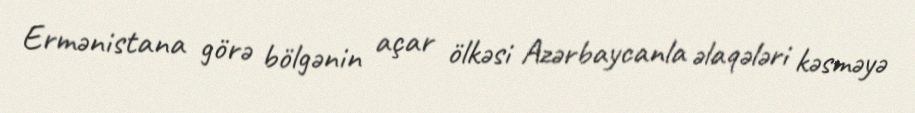
Ermənistana görə bölgənin açar ölkəsi Azərbaycanla əlaqələri kəsməyə